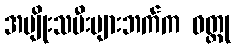
အမျိုးသမီးများဘက်က ဝတ္ထု